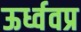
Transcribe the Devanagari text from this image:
ऊर्ध्ववप्र